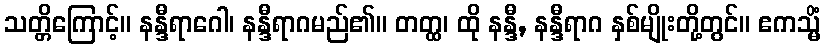
သတ္တိကြောင့်။ နန္ဒီရာဂေါ၊ နန္ဒီရာဂမည်၏။ တတ္ထ၊ ထို နန္ဒီ, နန္ဒီရာဂ နှစ်မျိုးတို့တွင်။ ဧကသ္မိံ